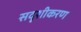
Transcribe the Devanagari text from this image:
सदृशीकरण